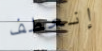
إنعطف